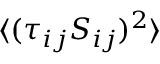
\ensuremath { \langle ( \tau _ { i j } S _ { i j } ) ^ { 2 } \rangle }